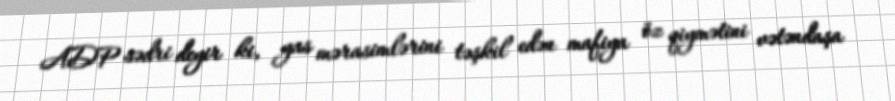
ADP sədri deyir ki, yas mərasimlərini təşkil edən mafiya öz qiymətini vətəndaşa